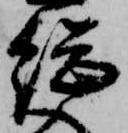
総